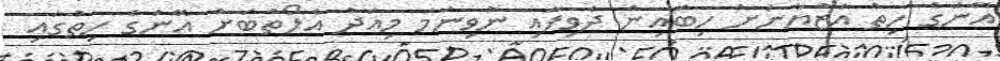
އޭނަގެ ހިތް އަޒްޔާނަށް ހިބައިން ދެވިފައި ނުވިނަމަ މިއަދު އެލޯތްބަށް އޭނަގެ ހިތުގައި